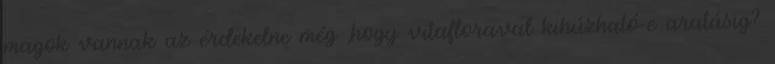
magok vannak az érdekelne még ,hogy vitafloraval kihúzható-e aratásig?